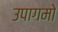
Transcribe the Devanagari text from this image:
उपागमो